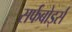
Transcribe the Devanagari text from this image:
सर्फबोर्ड्स